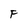
Character: F